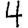
Digit: 4